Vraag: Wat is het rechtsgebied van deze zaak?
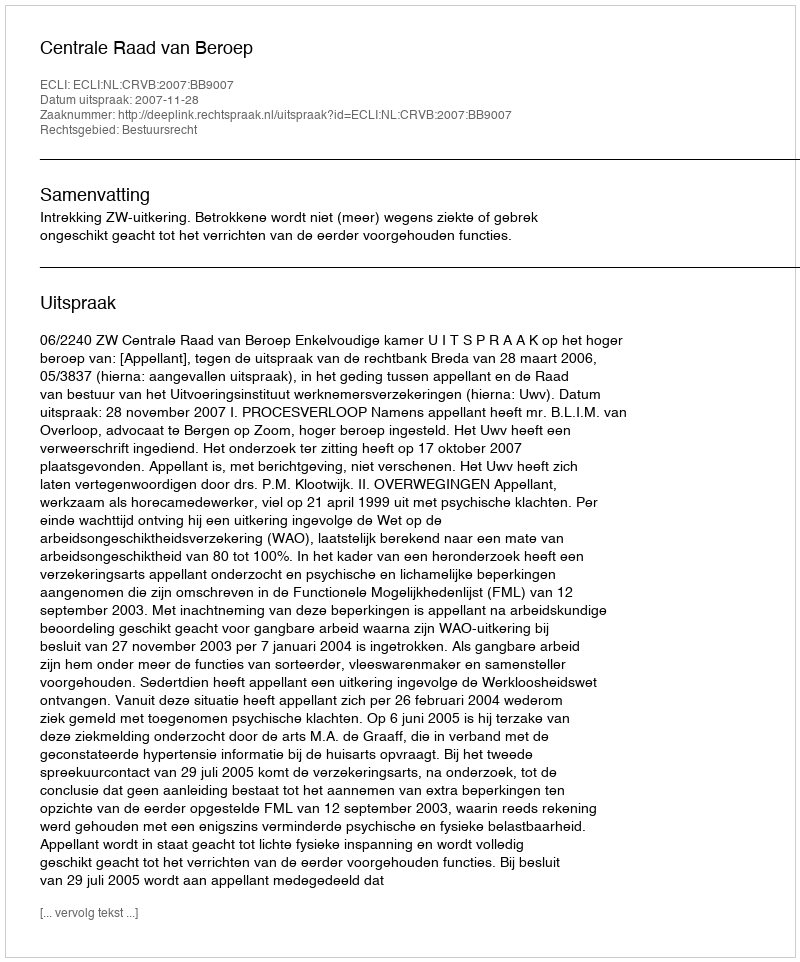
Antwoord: Bestuursrecht